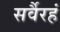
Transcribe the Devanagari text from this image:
सर्वैरहं